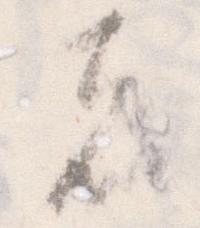
者